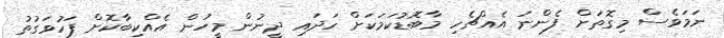
ނަމަވެސް މިގޮތަށް ފެންނަ އެއްޗެހި މާބޮޑުކަމަކަށް ހަދައި ދީނުން މީހުން އެއްކިބާކޮށް ފަހުވަގުތު